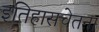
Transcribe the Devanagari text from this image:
इतिहासचेतना